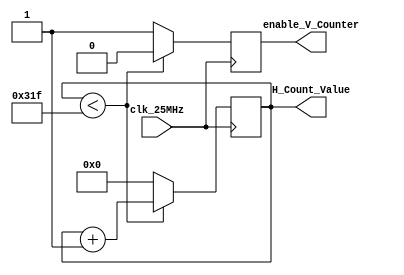
`timescale 1ns / 1ps
module horizontal_counter(
    input clk_25MHz, // clock for VGA
    output reg enable_V_Counter = 0, // enable V counter
    output reg [15:0] H_Count_Value = 0
    );
    always@(posedge clk_25MHz)
    begin
        if(H_Count_Value < 799)
        begin
            H_Count_Value <= H_Count_Value + 1;
            enable_V_Counter <= 0;
        end
        else
        begin
            H_Count_Value <= 0;
            enable_V_Counter <= 1; // when H_Count_Value reaches the end of this line, enable V counter.
        end
    end
endmodule